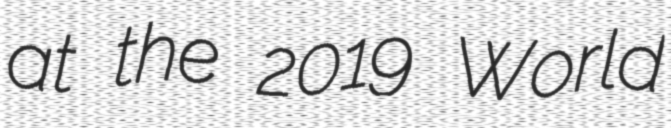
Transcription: at the 2019 World